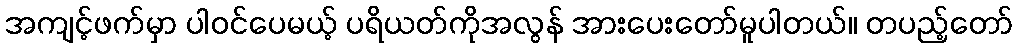
အကျင့်ဖက်မှာ ပါဝင်ပေမယ့် ပရိယတ်ကိုအလွန် အားပေးတော်မူပါတယ်။ တပည့်တော်